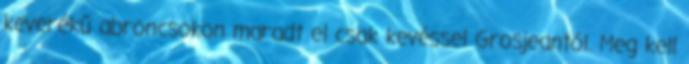
keverékű abroncsokon maradt el csak kevéssel Grosjeantól. Meg kell